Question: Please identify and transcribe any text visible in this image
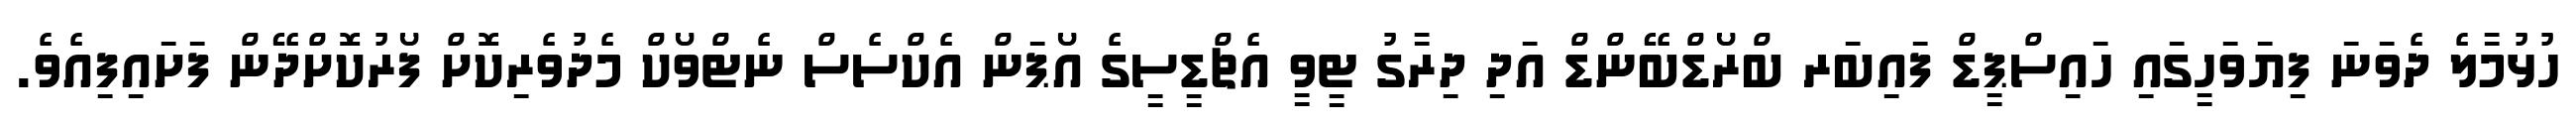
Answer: ހުޅުމާލެ ދެވަނަ ފިޔަވަހީގައި ހައިސްޕީޑް ފައިބަރ ބްރޯޑްބޭންޑް އަދި ދިރާގު ޓީވީ އެޗްޑީސީގެ އޯޕަން އެކްސެސް ނެޓްވޯކް މެދުވެރިކޮށް ފޯރުކޮށްދޭން ފަށައިފިއެވެ.